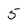
Character: 5